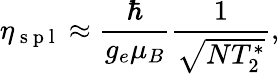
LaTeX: \eta_{\mathrm{~s~p~l~}}\approx\frac{\hbar}{g_{e}\mu_{B}}\frac{1}{\sqrt{NT_{2}^{*}}},